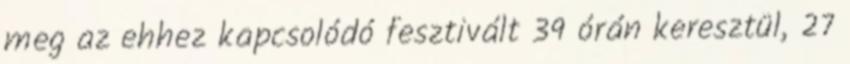
meg az ehhez kapcsolódó fesztivált 39 órán keresztül, 27